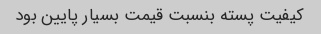
کیفیت پسته بنسبت قیمت بسیار پایین بود